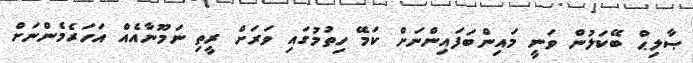
ޞާލިޙް ބޭކަލުން ވަނީ މައިންބަފައިންނަށް ކަމޭ ހިތުމުގައި ވަރަށް ރީތި ނަމޫނާއެއް އަހަރެމެންނަށް